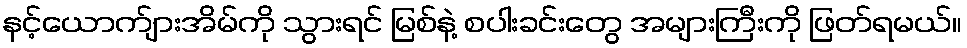
နင့်ယောက်ျားအိမ်ကို သွားရင် မြစ်နဲ့ စပါးခင်းတွေ အများကြီးကို ဖြတ်ရမယ်။